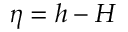
\eta = h - H